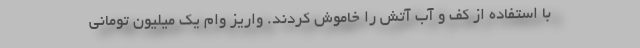
با استفاده از کف و آب آتش را خاموش کردند. واریز وام یک میلیون تومانی